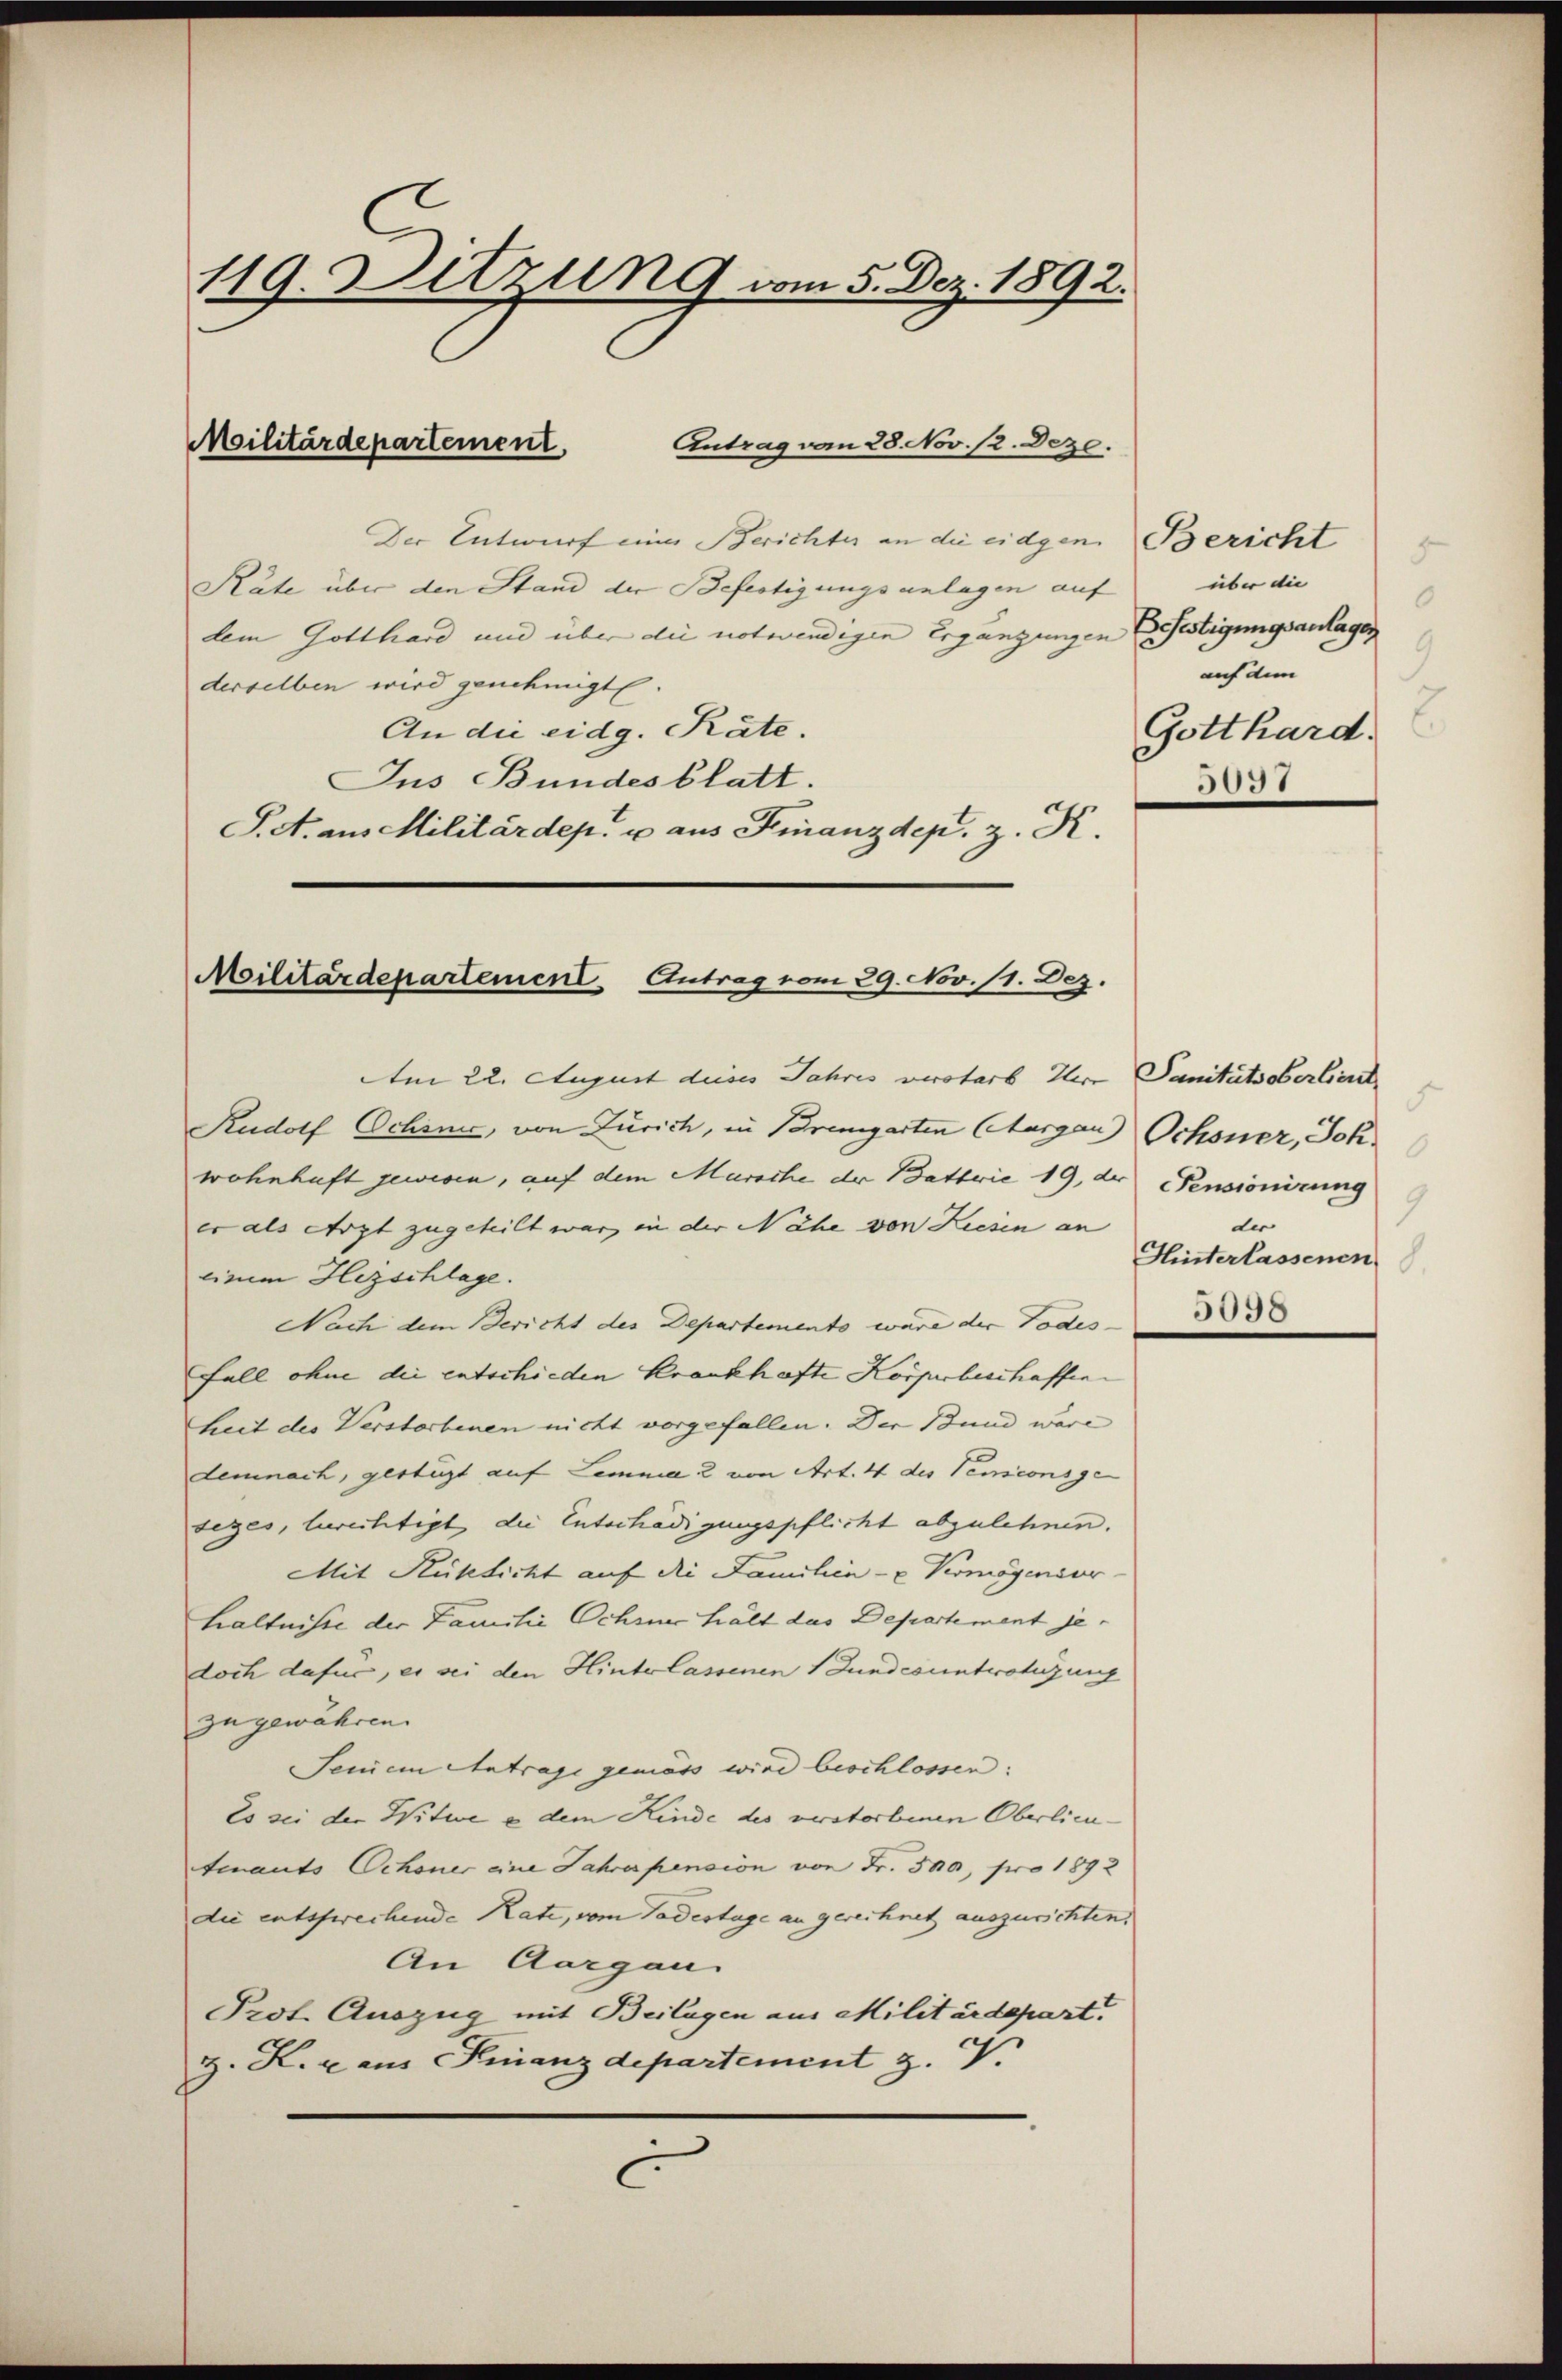
119. Ditzung vom 5. Dez. 1892.

Militärdepartement

Antrag vom 28. Nov. 12. Dez.
Der Entwurf eines Berichtes an die eidgen. Bericht
Räte über den Stand der Befertigungsanlagen auf
dem Gotthard und über die notwendigen Ergänzungen Bestigungsanlagen
derselben wird genehmigt.
An die eidg. Räte.
Jus Bundesblatt.
S. A. aus Militärdep. u aus Finanzdep. z. R.

Militärdepartement Antrag vom 29. Nov. 11. Dez.

Am 22. August dieses Jahres verstarb Herr Sanitätsoberlieut.
Rudolf Ochsne, von Zürich, in Bremgarten Thurgau Ochsner, Joh.
wohnhaft gewesen, auf dem Marsche der Battrie 19, der Pensionirung
er als Arzt zugeteilt war, in der Nähe von Kiesen an
einem Hizschlage.
Nach dem Bericht des Departemento wäre der Todes¬
Fall ohne die entschieden Krankhafte Körperbeschaffenheit des Verstorbenen nicht vorgefallen. Der Bund wäre
demnach, gestigt auf Lemma 2 von Art. 4 des Temionsge
sezes, berechtigt die Entschädigungspflicht abzulehnen.
Mit Rüksicht auf die Familien- u Vermögenier
hältnisse der Familie Ochsner hält das Departement jedoch dafür, es sei den Hinterlassenen Fundesentwöhigung
zu gewähren.
Senem Antrage gemäss wird beschlossen:
Es sei der Witwe e dem Kinde des verstorbenen Oberlieutenants Schöner eine Jahrespension von Fr. 500, pro 1892
die entschwechende Rate, vom Todestage an gerechnet auszurichten,
An Aargau
Prot. Auszug mit Beilagen aus Militärdepart.
z. K. r aus Finanzdepartement
C

über die
0
9
auf dem
.
Gotthard.
3031

9
der
Hinterlassenen
5098